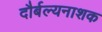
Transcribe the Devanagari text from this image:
दौर्बल्यनाशक